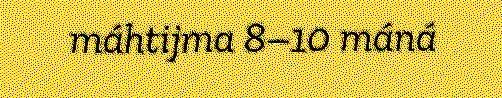
máhtijma 8–10 máná